Document type: Oath
Year: 1405
Scribe: Guillem de Lledó
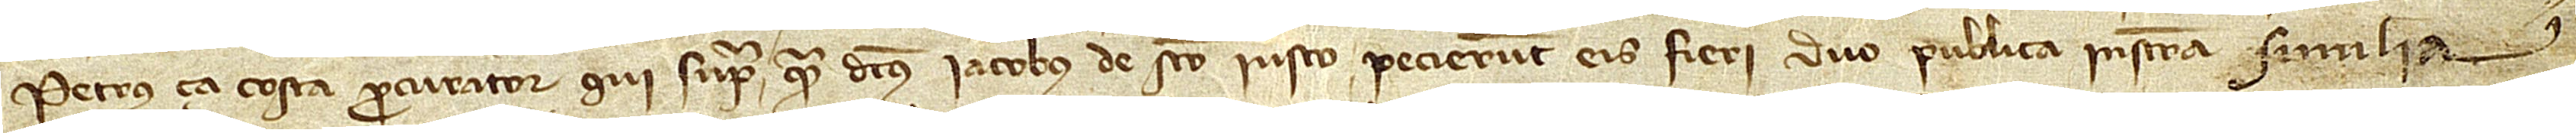
Petrus ça Costa, procurator, qui supra quam dictus Iacobus de Sancto Iusto pecierunt eis fieri duo publica instrumenta similia,